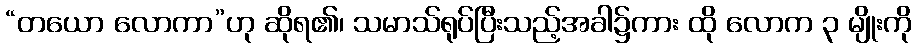
“တယော လောကာ”ဟု ဆိုရ၏၊ သမာသ်ရုပ်ပြီးသည့်အခါ၌ကား ထို လောက ၃ မျိုးကို